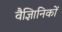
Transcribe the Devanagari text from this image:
वैज्ञिानिकों